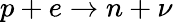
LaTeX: p+e\rightarrow n+\nu